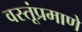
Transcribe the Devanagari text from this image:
वस्तूंप्रमाणे